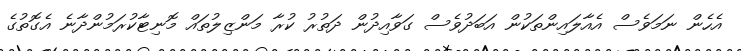
އެހެން ނަމަވެސް އެއާލައިންތަކުން އަބަދުވެސް ގަވާއިދުން ދަތުރު ކުރާ މަންޒިލުތައް މޮނިޓާކުރަމުންދާނެ އެގޮތުގެ